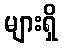
များရှိ